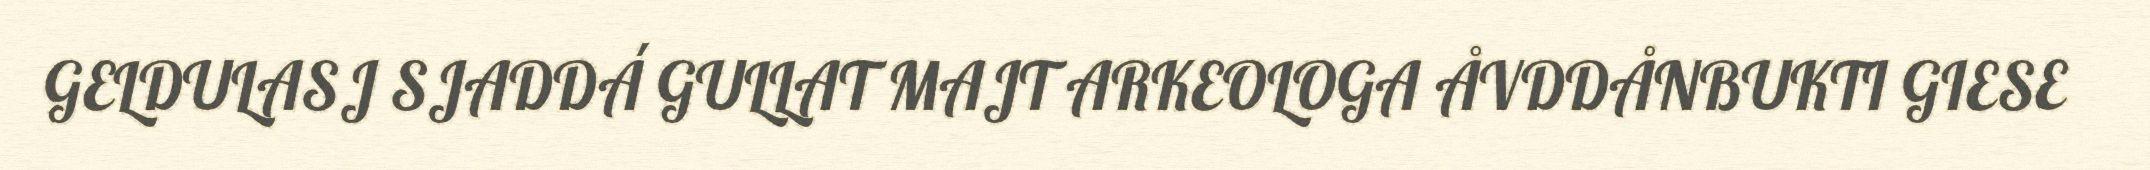
GELDULASJ SJADDÁ GULLAT MAJT ARKEOLOGA ÅVDDÅNBUKTI GIESE